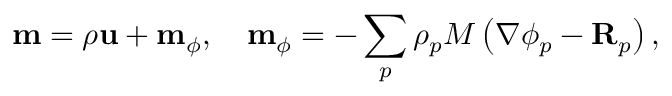
\mathbf { m } = \rho \mathbf { u } + \mathbf { m } _ { \phi } , \quad \mathbf { m } _ { \phi } = - \sum _ { p } \rho _ { p } M \left( \nabla \phi _ { p } - \mathbf { R } _ { p } \right) ,